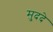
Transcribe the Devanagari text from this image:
मु्ददे